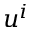
u ^ { i }